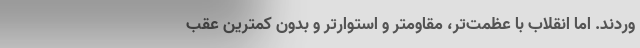
وردند. اما انقلاب با عظمت‌تر، مقاومتر و استوارتر و بدون کمترین عقب